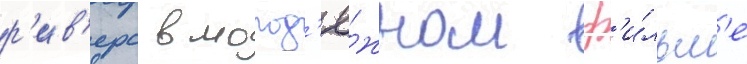
р'ив'ерс в молод'ё́жном ф'и́льм'е